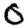
Digit: 0